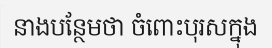
នាងបន្ថែមថា ចំពោះបុរសក្នុង